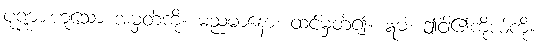
ပုဏ္ဏားဟူသော အမှတ်ကို။ မညမာနော၊ ထင်မှတ်၍။ ဣမံ၊ ဤငါ၏ကိုယ်ကို။